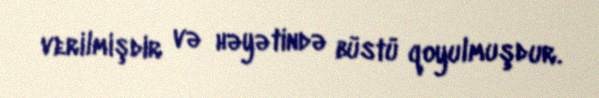
verilmişdir və həyətində büstü qoyulmuşdur.